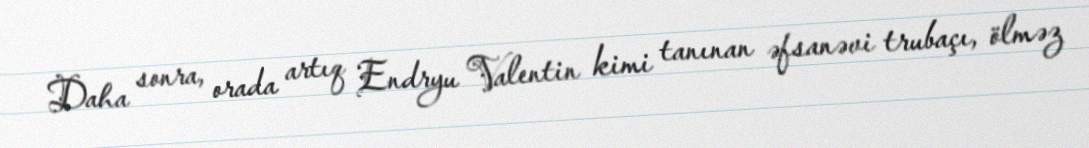
Daha sonra, orada artıq Endryu Valentin kimi tanınan əfsanəvi trubaçı, ölməz